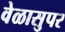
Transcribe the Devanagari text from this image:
वेळासुपर